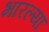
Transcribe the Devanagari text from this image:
भारल्या